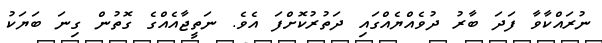
ނުރައްކާވާ ފަދަ ބާރު ދުވެއްޔެއްގައި ދަތުރުކޮށްފަ އެވެ. ނަތީޖާއެއްގެ ގޮތުން ގިނަ ބަޔަކު